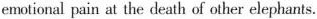
emotional pain at the death of other elephants.